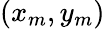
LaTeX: (x_{m},y_{m})